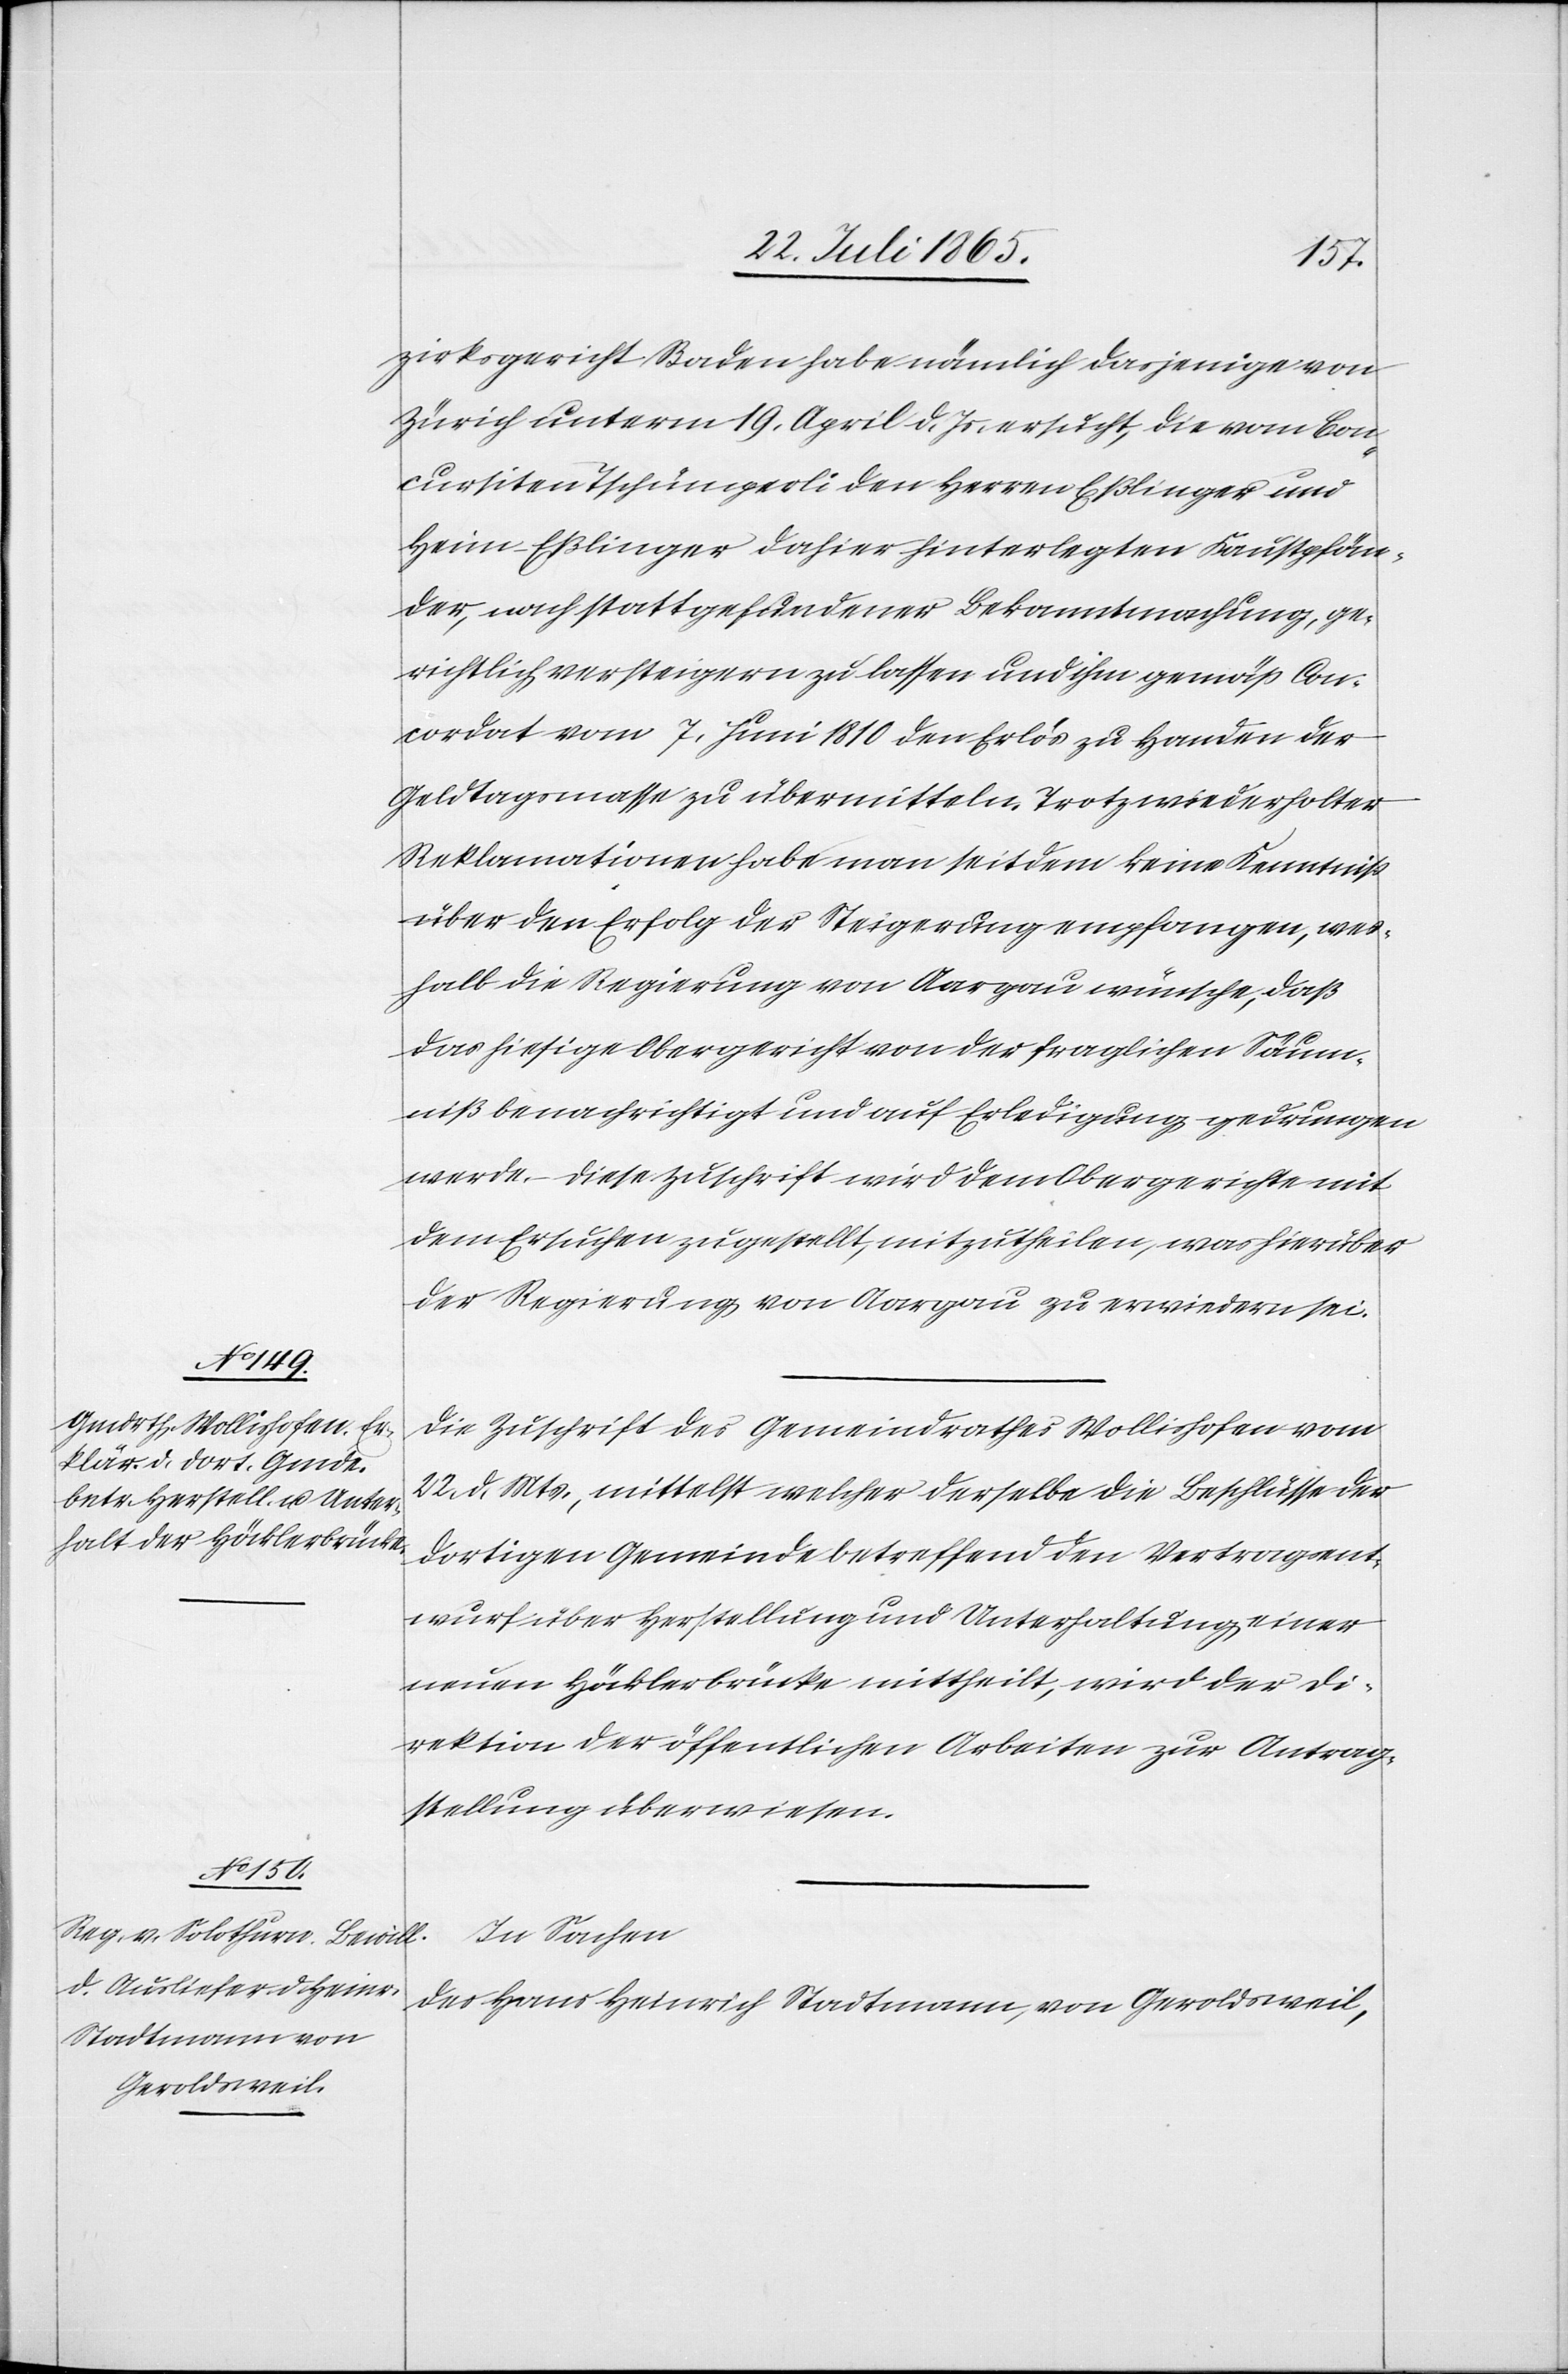
25. Juli 1865.]
zirksgericht Baden habe nämlich dasjenige von
Zürich unterm 19. April d. Js. ersucht, die vom Con¬
cursiten Tschümperli den Herren Eßlinger und
Heim-Eßlinger dahier hinterlegten Faustpfän¬
der, nach stattgefundener Bekanntmachung, ge¬
richtlich versteigern zu lassen und ihm gemäß Con¬
cordat vom 7. Juni 1810 den Erlös zu Handen der
Geldtagsmasse zu übermitteln. Trotz wiederholter
Reklamationen habe man seitdem keine Kenntniß
über den Erfolg der Steigerung empfangen, wes¬
halb die Regierung von Aargau wünsche, daß
das hiesige Obergericht von der fraglichen Säum¬
niß benachrichtigt und auf Erledigung gedrungen
werde. Diese Zuschrift wird dem Obergerichte mit
dem Ersuchen zugestellt, mitzutheilen, was hierüber
der Regierung von Aargau zu erwiedern sei.
Die Zuschrift des Gemeindrathes Wollishofen vom
22. d. Mts., mittelst welcher derselbe die Beschlüsse der
dortigen Gemeinde betreffend den Vertragsent¬
wurf über Herstellung und Unterhaltung einer
neuen Höcklerbrücke mittheilt, wird der Di¬
rektion der öffentlichen Arbeiten zur Antrag¬
stellung überwiesen.
In Sachen
des Hans Heinrich Stadtmann, von Geroldsweil,